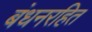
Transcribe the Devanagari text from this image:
बंधनरहित